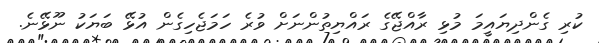
ކުރި ގެންދިޔައީމަ މުޅި ރާއްޖޭގެ ރައްޔިތުންނަށް ވުރެ ހަމަޖެހިގެން އުޅޭ ބަޔަކު ނޫޅޭނެ.